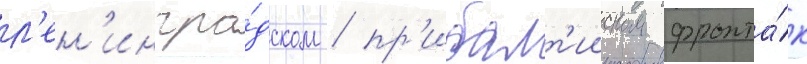
л'ен'ингра́дском / пр'ибалт'ииском фронта́х